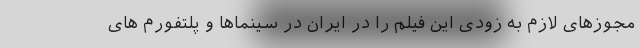
مجوزهای لازم به زودی این فیلم را در ایران در سینماها و پلتفورم های